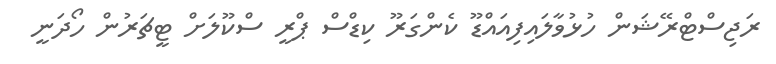
ރަޖިސްޓްރޭޝަން ހުޅުވާލައިފިއައްޑޫ ކެންގަރޫ ކިޑްސް ޕްރީ ސްކޫލަށް ޓީޗަރުން ހޯދަނީ